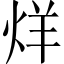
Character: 烊